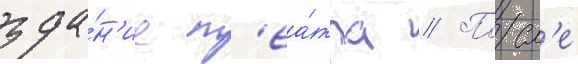
зда́н'ие т'еа́тра // Посл'е